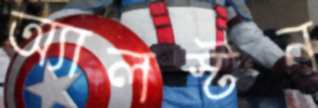
অ্যালস্টন